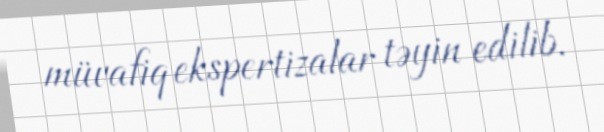
müvafiq ekspertizalar təyin edilib.